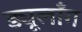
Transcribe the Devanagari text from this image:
ड्यूलाँग